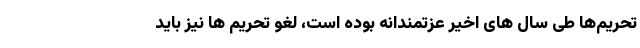
تحریم‌ها طی سال های اخیر عزتمندانه بوده است، لغو تحریم ها نیز باید